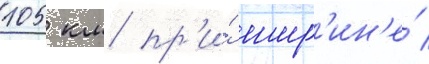
105 км пр'и́ шир'ин'е́